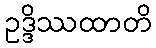
ဥဒ္ဒိဿထာတိ